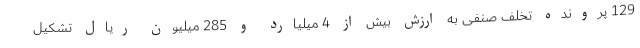
129 پرونده تخلف صنفی به ارزش بیش از 4 میلیارد و 285 میلیون ریال تشکیل